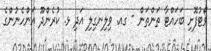
ވޯޓުފޮށި ބަހައްޓާ ތަންތަން - ގއ. ވިލިނގިލި އަދި ޅ. ކުރެންދޫ އަންހެނުންގެ